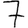
Digit: 7